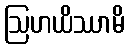
ဩဟယိဿာမိ